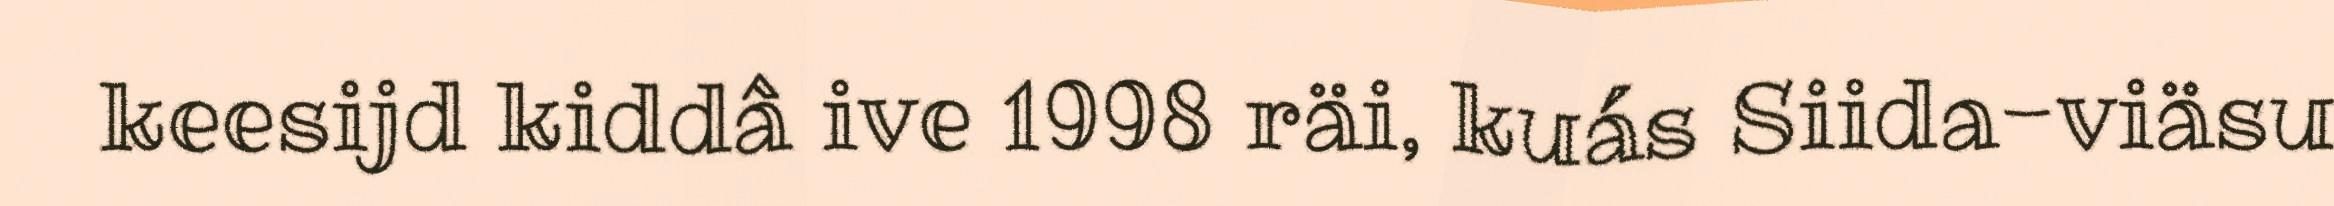
keesijd kiddâ ive 1998 räi, kuás Siida-viäsu